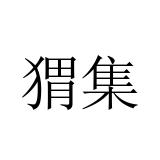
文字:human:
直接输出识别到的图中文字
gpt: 猬集